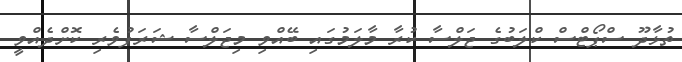
ތުޅާދޫ ސްޕޯޓްސް ކްލަބުގެ ޖަލްސާ ކުރާ މާލަމުގައި ބޭއްވި މިޖަލްސާ ޝަރަފުވެރި ކޮށްދެއްވީ